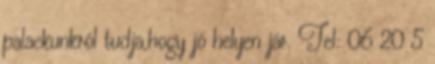
palackunkról tudja,hogy jó helyen jár. Tel: 06 20 5